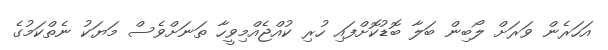
އަހަރެން ވަރަށް ލޯބިން ބަލާ ބޮޑުކޮށްފައި ހުރި ކުއްޖެއްމިވީހާ ތަނަށްވެސް މަޔަކު ނެތްކަމުގެ